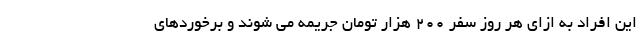
این افراد به ازای هر روز سفر ۲۰۰ هزار تومان جریمه می شوند و برخوردهای